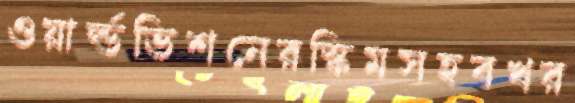
ওয়ার্ল্ডভিশনেরস্কিমসহবখর